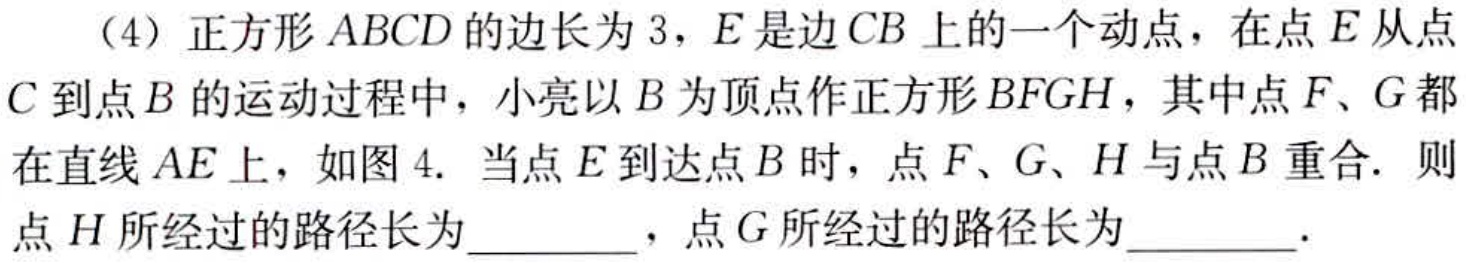
（4）正方形\(ABCD\)的边长为\(3\)，\(E\)是边\(CB\)上的一个动点，在点\(E\)从点\(C\)到点\(B\)的运动过程中，小亮以\(B\)为顶点作正方形\(BFGH\)，其中点\(F、G\)都在直线\(AE\)上，如图4. 当点\(E\)到达点\(B\)时，点\(F、G、H\)与点\(B\)重合. 则点\(H\)所经过的路径长为  ，点\(G\)所经过的路径长为  .